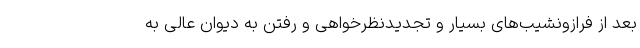
بعد از فرازونشیب‌های بسیار و تجدیدنظرخواهی و رفتن به دیوان عالی به